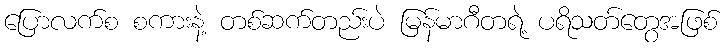
ပြောလက်စ စကားနဲ့ တစ်ဆက်တည်းပဲ မြန်မာဂီတရဲ့ ပရိသတ်တွေအဖြစ်